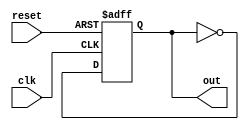
module top ( out, clk, reset );
    output out;
    input clk, reset;
    reg out;

    always @(posedge clk, posedge reset)
      if (reset)
          out <= 0;
      else
          out <= ~out;
endmodule